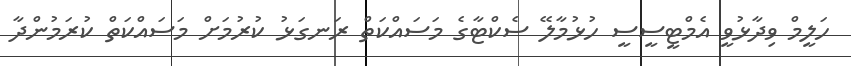
ހަލީމް ވިދާޅުވީ އެމްޓީސީސީ ހުޅުމާލޭ ސެކްޓާގެ މަސައްކަތް ރަނގަޅު ކުރުމަށް މަސައްކަތް ކުރަމުންދާ